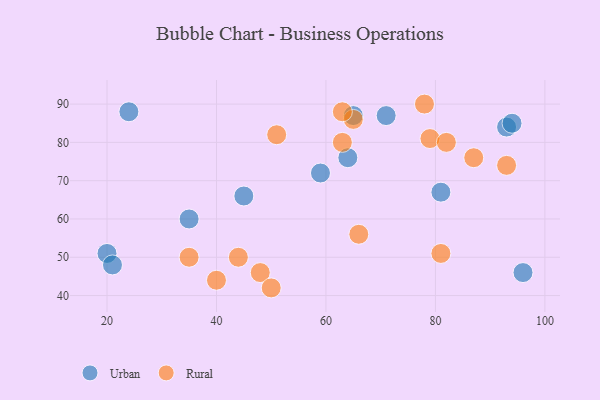
{"axis": {"x": "GDP", "y": "Life Expectancy"}, "legend": ["Rural", "Urban"], "data": [{"x": "65", "y": 87, "type": "Urban"}, {"x": "64", "y": 76, "type": "Urban"}, {"x": "45", "y": 66, "type": "Urban"}, {"x": "20", "y": 51, "type": "Urban"}, {"x": "21", "y": 48, "type": "Urban"}, {"x": "71", "y": 87, "type": "Urban"}, {"x": "24", "y": 88, "type": "Urban"}, {"x": "35", "y": 60, "type": "Urban"}, {"x": "81", "y": 67, "type": "Urban"}, {"x": "93", "y": 84, "type": "Urban"}, {"x": "59", "y": 72, "type": "Urban"}, {"x": "96", "y": 46, "type": "Urban"}, {"x": "94", "y": 85, "type": "Urban"}, {"x": "63", "y": 80, "type": "Rural"}, {"x": "81", "y": 51, "type": "Rural"}, {"x": "44", "y": 50, "type": "Rural"}, {"x": "79", "y": 81, "type": "Rural"}, {"x": "66", "y": 56, "type": "Rural"}, {"x": "78", "y": 90, "type": "Rural"}, {"x": "87", "y": 76, "type": "Rural"}, {"x": "93", "y": 74, "type": "Rural"}, {"x": "82", "y": 80, "type": "Rural"}, {"x": "51", "y": 82, "type": "Rural"}, {"x": "48", "y": 46, "type": "Rural"}, {"x": "65", "y": 86, "type": "Rural"}, {"x": "35", "y": 50, "type": "Rural"}, {"x": "63", "y": 88, "type": "Rural"}, {"x": "50", "y": 42, "type": "Rural"}, {"x": "40", "y": 44, "type": "Rural"}]}